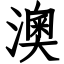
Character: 澳